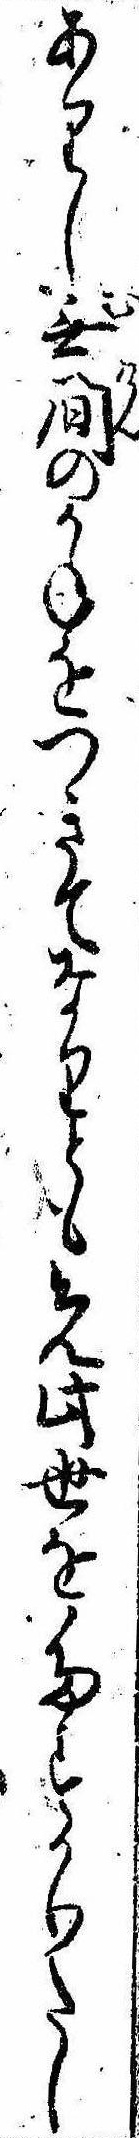
ありし無間のかねをつきてなりとも先此世をたすかりたし